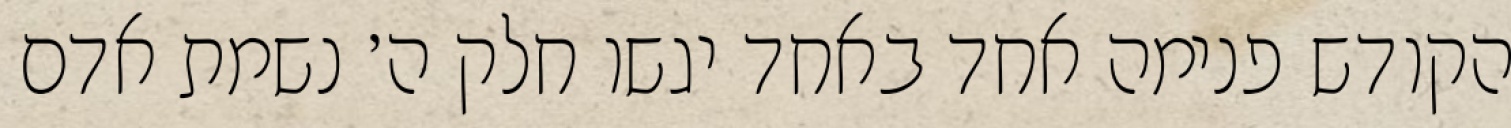
הקודש פנימה אחד באחד יגשו חלק ה׳ נשמת אדם